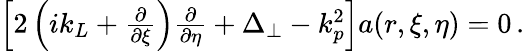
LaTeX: \begin{array}{r}{\left[2\left(ik_{L}+\frac{\partial}{\partial\xi}\right)\frac{\partial}{\partial\eta}+\Delta_{\perp}-k_{p}^{2}\right]a(r,\xi,\eta)=0\, .}\end{array}